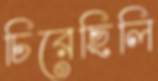
চিরেছিলি